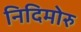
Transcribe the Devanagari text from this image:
निदिमोरु